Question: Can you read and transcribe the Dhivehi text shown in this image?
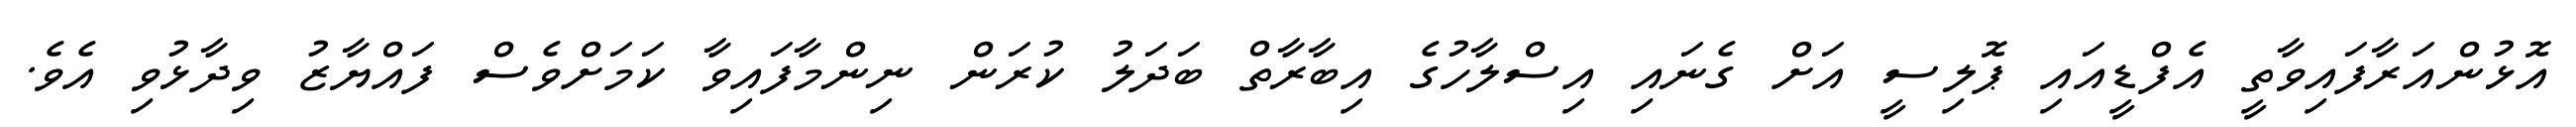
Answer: އޮޅުންއަރާފައިވާތީ އެފްޑީއައި ޕޮލިސީ އަށް ގެނައި އިސްލާހުގެ އިބާރާތް ބަދަލު ކުރަން ނިންމާފައިވާ ކަމަށްވެސް ފައްޔާޒު ވިދާޅުވި އެވެ.